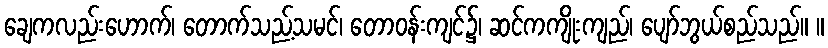
ချေကလည်းဟောက်၊ တောက်သည့်သမင်၊ တောဝန်းကျင်၌၊ ဆင်ကကျိုးကျည်၊ ပျော်ဘွယ်စည်သည်။ ။